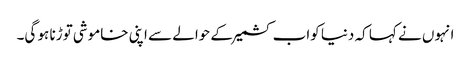
انہوں نے کہا کہ دنیا کواب کشمیرکے حوالے سے اپنی خاموشی توڑنا ہو گی۔